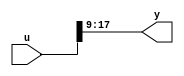
// -------------------------------------------------------------
// 
// 
// Generated by MATLAB 8.2 and HDL Coder 3.3
// 
// -------------------------------------------------------------


// -------------------------------------------------------------
// 
// Module: controllerHdl_MATLAB_Function_block
// Source Path: controllerHdl/Field_Oriented_Control/Open_Loop_Control/Sin_Cos/Mark_Extract_Bits/MATLAB Function
// Hierarchy Level: 6
// 
// -------------------------------------------------------------

`timescale 1 ns / 1 ns

module controllerHdl_MATLAB_Function_block
          (
           u,
           y
          );


  input   [17:0] u;  // ufix18
  output  [8:0] y;  // ufix9


  wire [8:0] y1;  // ufix9_E9


  //MATLAB Function 'Open_Loop_Control/Sin_Cos/Mark_Extract_Bits/MATLAB Function': '<S37>:1'
  // Non-tunable mask parameter
  //'<S37>:1:8'
  //'<S37>:1:10'
  assign y1 = u[17:9];
  //'<S37>:1:14'
  assign y = y1;



endmodule  // controllerHdl_MATLAB_Function_block